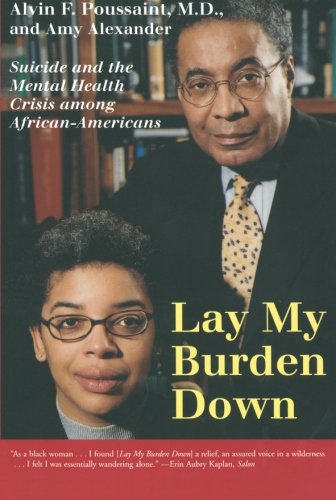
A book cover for Lay My Burden Down: Suicide and the Mental Health Crisis among African-Americans; Alvin F. Poussaint; Medical Books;